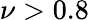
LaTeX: \nu>0.8